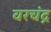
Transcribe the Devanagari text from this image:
वरचंद्र